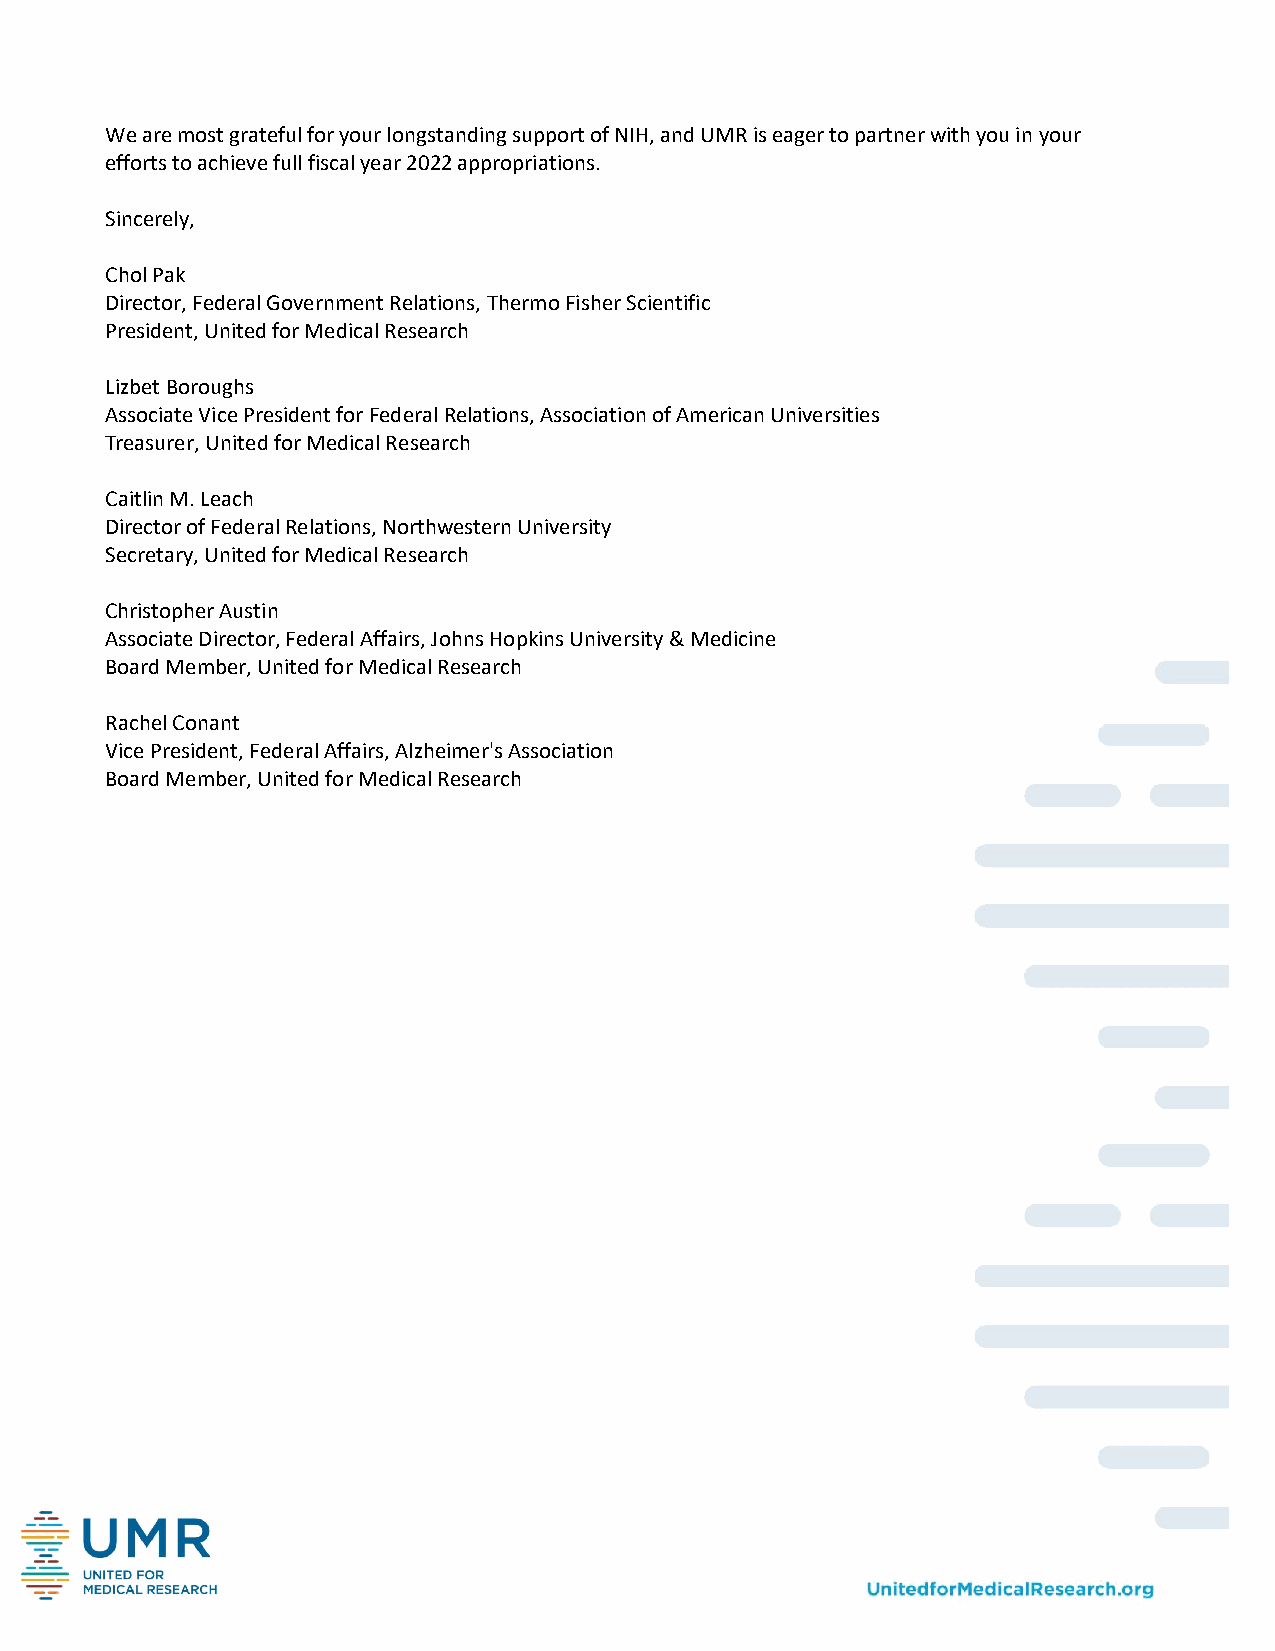
We are most grateful for your longstanding support of NIH, and UMR is eager to partner with you in your
 efforts to achieve full fiscal year 2022 appropriations.
 Sincerely,
 Chol Pak
 Director, Federal Government Relations, Thermo Fisher Scientific
 President, United for Medical Research
 Lizbet Boroughs
 Associate Vice President for Federal Relations, Association of American Universities
 Treasurer, United for Medical Research
 Caitlin M. Leach
 Director of Federal Relations, Northwestern University
 Secretary, United for Medical Research
 Christopher Austin
 Associate Director, Federal Affairs, Johns Hopkins University & Medicine
 Board Member, United for Medical Research
 Rachel Conant
 Vice President, Federal Affairs, Alzheimer's Association
 Board Member, United for Medical Research